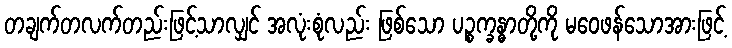
တချက်တလက်တည်းဖြင့်သာလျှင် အလုံးစုံလည်း ဖြစ်သော ပဉ္စက္ခန္ဓာတို့ကို မဝေဖန်သောအားဖြင့်